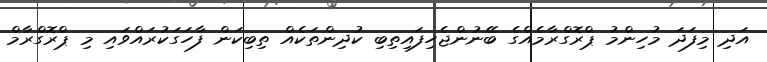
އަދި މިފަދަ މުހިންމު ޕްރޮގްރާމެއްގެ ބޭނުންޖެހިފައިތިބި ކުދިންތަކެއް ތިބިކަން ފާހަގަކުރައްވައި މި ޕްރޮގްރާމް